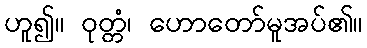
ဟူ၍။ ဝုတ္တံ၊ ဟောတော်မူအပ်၏။